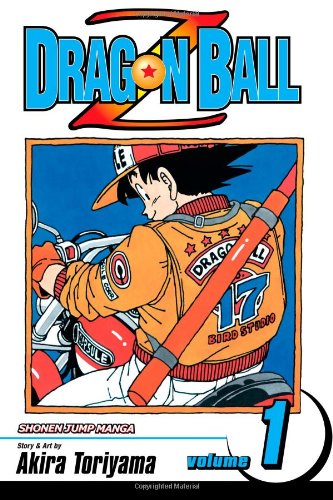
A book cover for Dragon Ball Z, Vol. 1; Akira Toriyama; Comics & Graphic Novels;